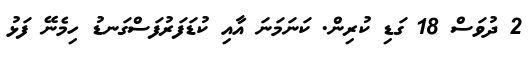
2 ދުވަސް 18 ގަޑި ކުރިން. ކަނަމަނަ އާއި ކުޑަފަރުފަސްގަނޑު ހިމެނޭ ފަޅު